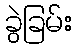
ခွဲခြမ်း